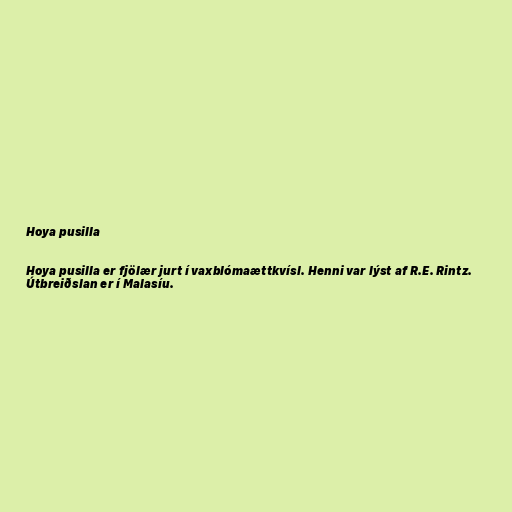
Hoya pusilla

Hoya pusilla er fjölær jurt í vaxblómaættkvísl. Henni var lýst af R.E. Rintz.
Útbreiðslan er í Malasíu.